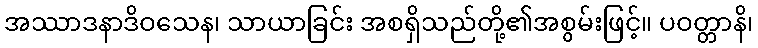
အဿာဒနာဒိဝသေန၊ သာယာခြင်း အစရှိသည်တို့၏အစွမ်းဖြင့်။ ပဝတ္တာနိ၊